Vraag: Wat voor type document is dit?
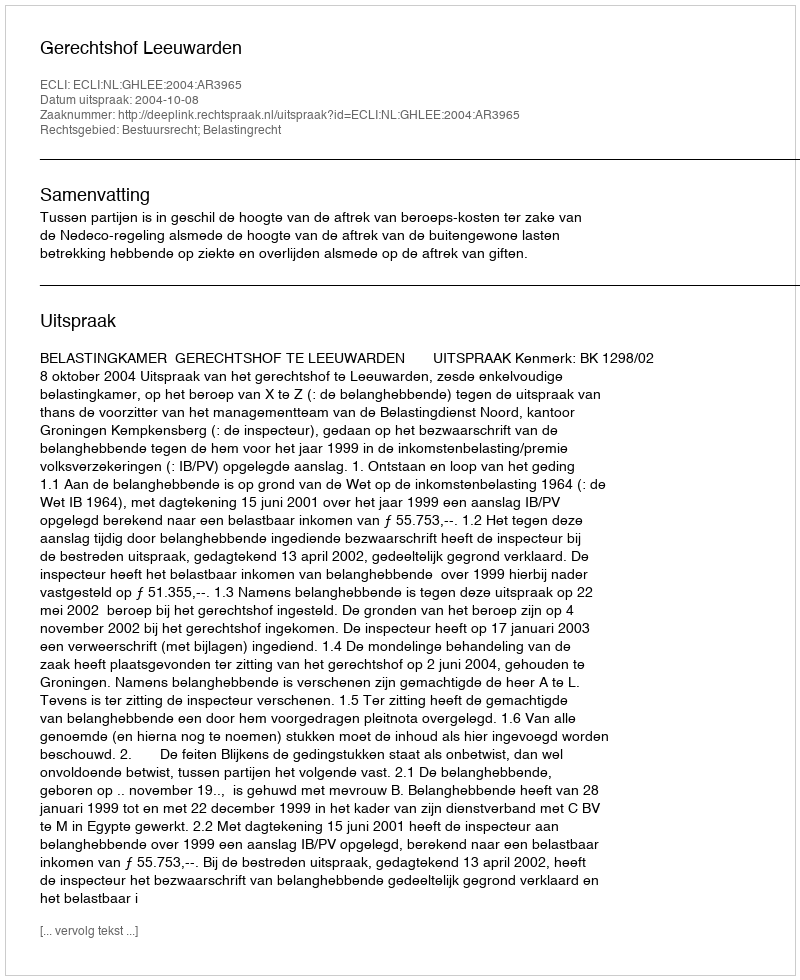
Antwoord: Uitspraak